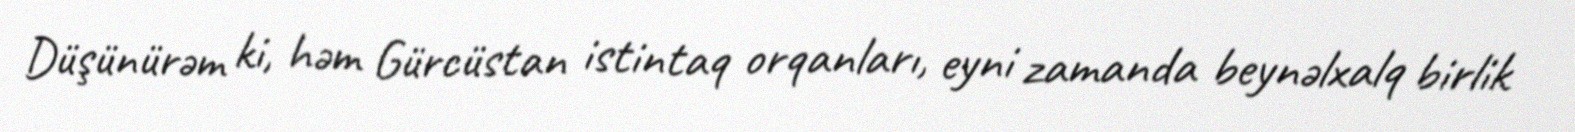
Düşünürəm ki, həm Gürcüstan istintaq orqanları, eyni zamanda beynəlxalq birlik